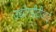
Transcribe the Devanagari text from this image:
उद्योगपीटीआई